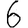
Digit: 6